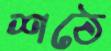
শঠে